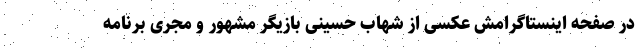
در صفحه اینستاگرامش عکسی از شهاب حسینی بازیگر مشهور و مجری برنامه